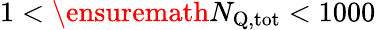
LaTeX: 1<\ensuremath{N_{\mathrm{Q,tot}}}<1000